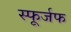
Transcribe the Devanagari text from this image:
स्फूर्जफ